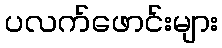
ပလက်ဖောင်းများ